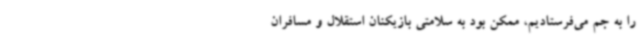
را به جم می‌فرستادیم، ممکن بود به سلامتی بازیکنان استقلال و مسافران